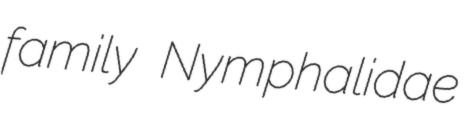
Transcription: family Nymphalidae